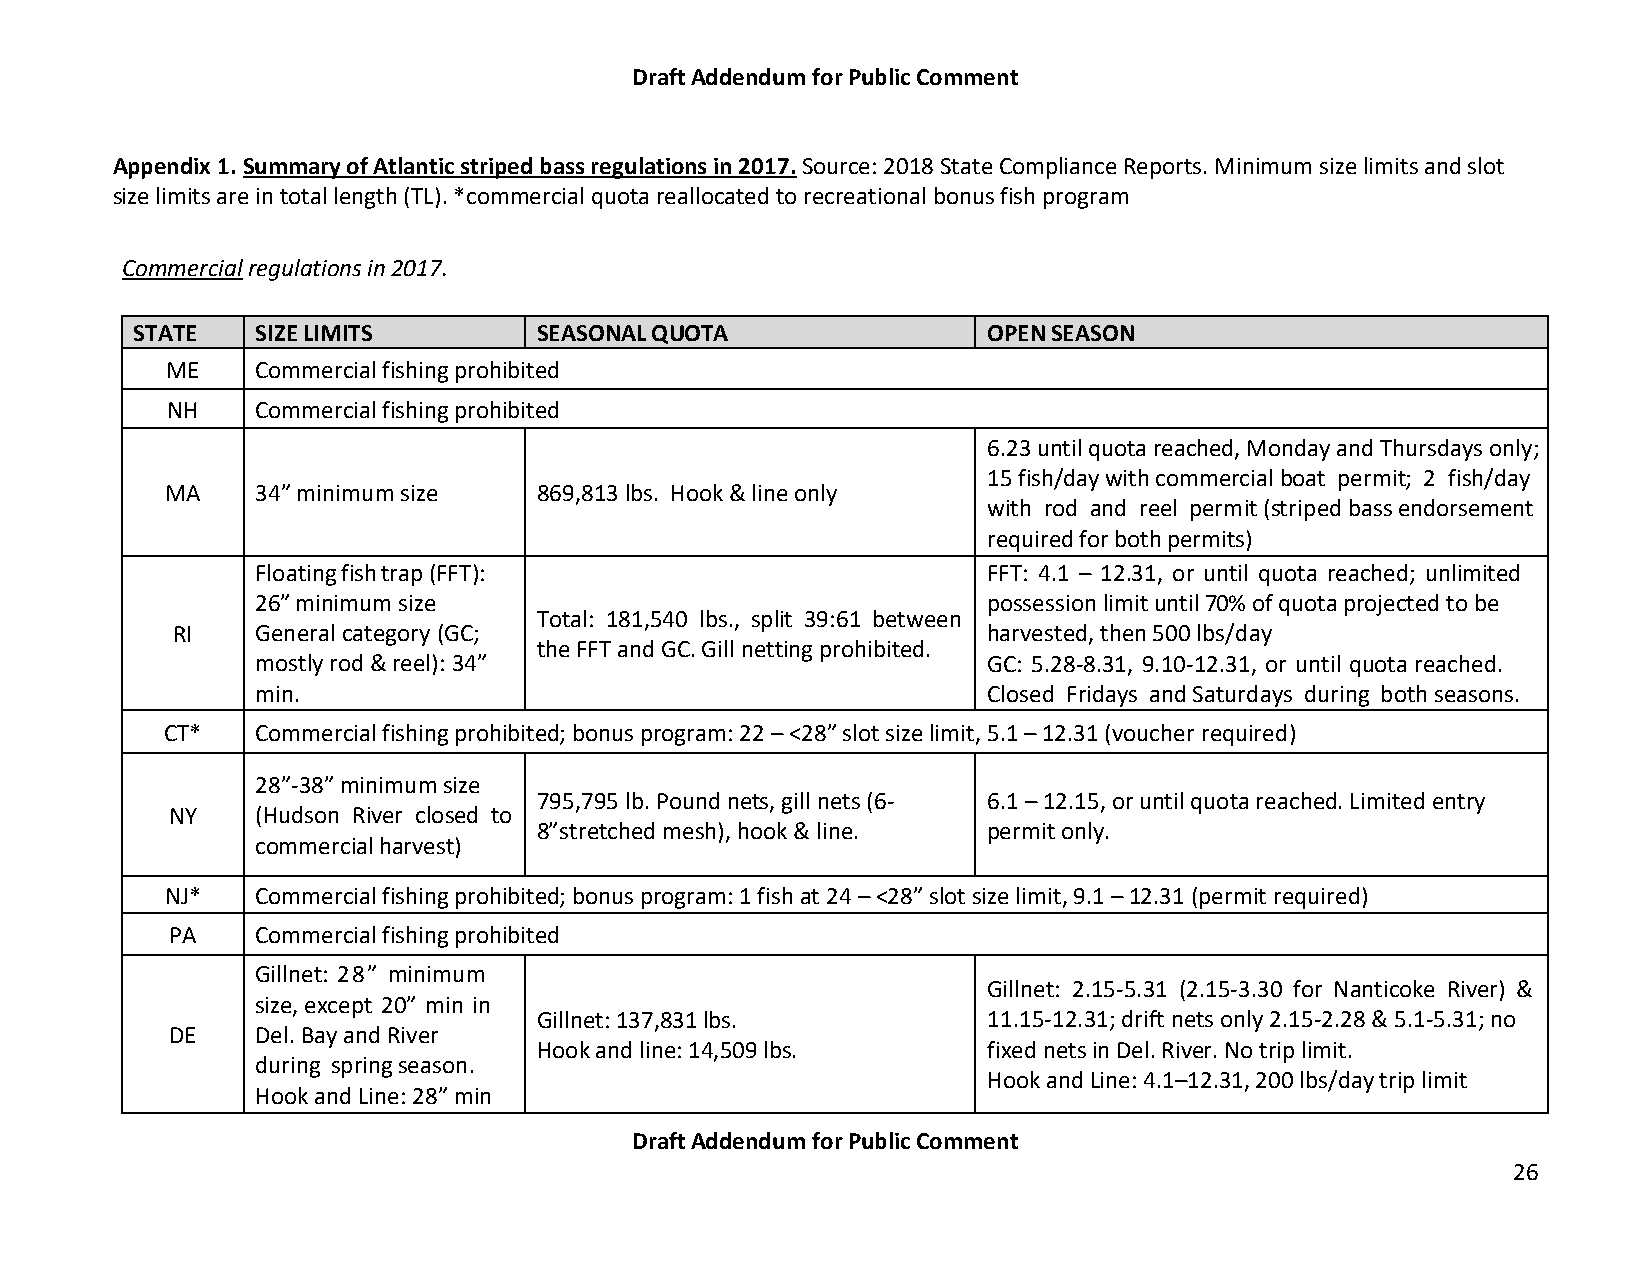
Draft Addendum for Public Comment
 Appendix 1. Summary of Atlantic striped bass regulations in 2017. Source: 2018 State Compliance Reports. Minimum size limits and slot
 size limits are in total length (TL). *commercial quota reallocated to recreational bonus fish program
 Commercial regulations in 2017.
 STATE   SIZE LIMITS        SEASONAL QUOTA               OPEN SEASON
 ME    Commercial fishing prohibited
 NH    Commercial fishing prohibited
 6.23 until quota reached, Monday and Thursdays only;
 15 fish/day with commercial boat permit; 2 fish/day
 MA    34” minimum size   869,813 lbs. Hook & line only
 with rod and reel permit (striped bass endorsement
 required for both permits)
 Floating fish trap (FFT):                       FFT: 4.1 – 12.31, or until quota reached; unlimited
 26” minimum size                                possession limit until 70% of quota projected to be
 Total: 181,540 lbs., split 39:61 between
 RI    General category (GC;                           harvested, then 500 lbs/day
 the FFT and GC. Gill netting prohibited.
 mostly rod & reel): 34”                         GC: 5.28-8.31, 9.10-12.31, or until quota reached.
 min.                                            Closed Fridays and Saturdays during both seasons.
 CT*   Commercial fishing prohibited; bonus program: 22 – <28” slot size limit, 5.1 – 12.31 (voucher required)
 28”-38” minimum size
 795,795 lb. Pound nets, gill nets (6- 6.1 – 12.15, or until quota reached. Limited entry
 NY    (Hudson River closed to
 8”stretched mesh), hook & line. permit only.
 commercial harvest)
 NJ*   Commercial fishing prohibited; bonus program: 1 fish at 24 – <28” slot size limit, 9.1 – 12.31 (permit required)
 PA    Commercial fishing prohibited
 Gillnet: 28” minimum
 Gillnet: 2.15-5.31 (2.15-3.30 for Nanticoke River) &
 size, except 20” min in
 Gillnet: 137,831 lbs.        11.15-12.31; drift nets only 2.15-2.28 & 5.1-5.31; no
 DE    Del. Bay and River
 Hook and line: 14,509 lbs.   fixed nets in Del. River. No trip limit.
 during spring season.
 Hook and Line: 4.1–12.31, 200 lbs/day trip limit
 Hook and Line: 28” min
 Draft Addendum for Public Comment
 26